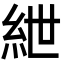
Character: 紲